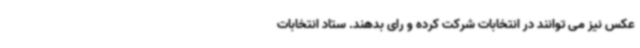
عکس نیز می توانند در انتخابات شرکت کرده و رای بدهند. ستاد انتخابات